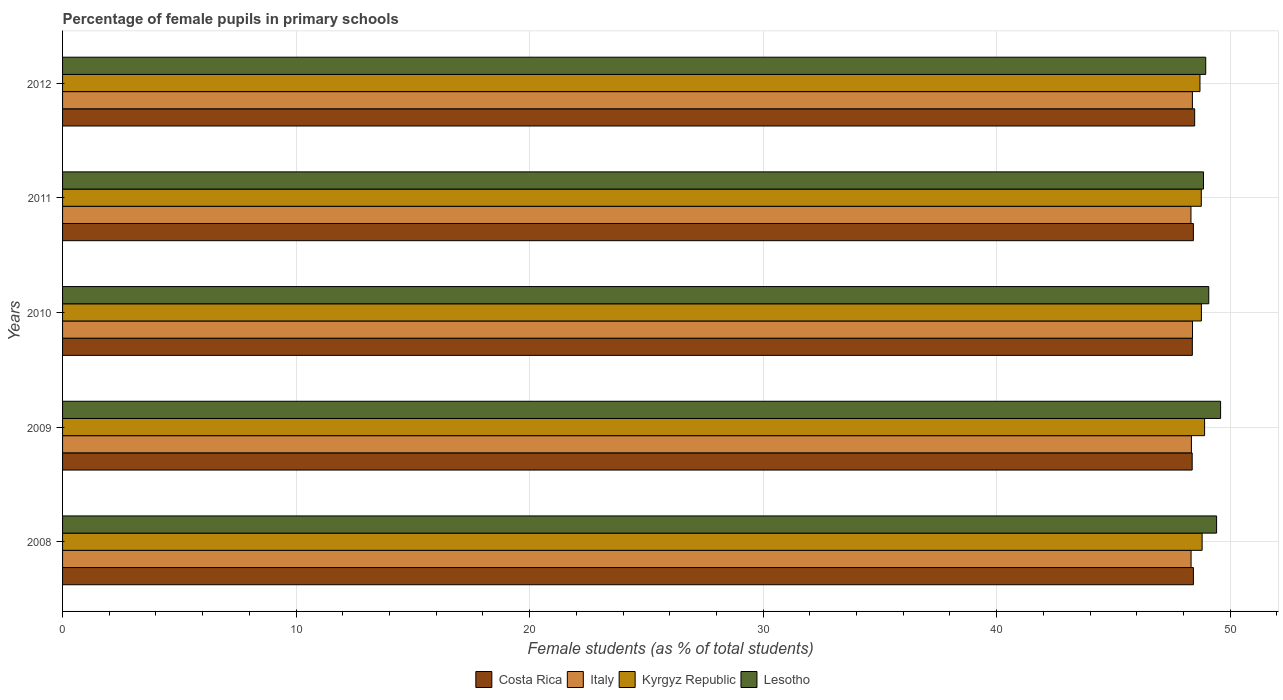
| Years | Costa Rica | Italy | Kyrgyz Republic | Lesotho |
 | --- | --- | --- | --- | --- |
 | 2008 | 48.4 | 48.3 | 48.8 | 49.4 |
 | 2009 | 48.4 | 48.3 | 48.9 | 49.6 |
 | 2010 | 48.4 | 48.4 | 48.8 | 49.1 |
 | 2011 | 48.4 | 48.3 | 48.8 | 48.9 |
 | 2012 | 48.5 | 48.4 | 48.7 | 49 |